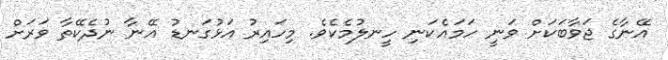
އޭނާގެ ޖަވާބަކަށް ވަނީ ހަމައެކަނި ހީނލުމެކެވެ. މިހައިރު އަޅުގަނޑު އޭނާ ނުދެކޭތާ ވަރަށް